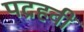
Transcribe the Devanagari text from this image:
पद्रहवीं